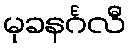
မုခနင်္ဂလီ